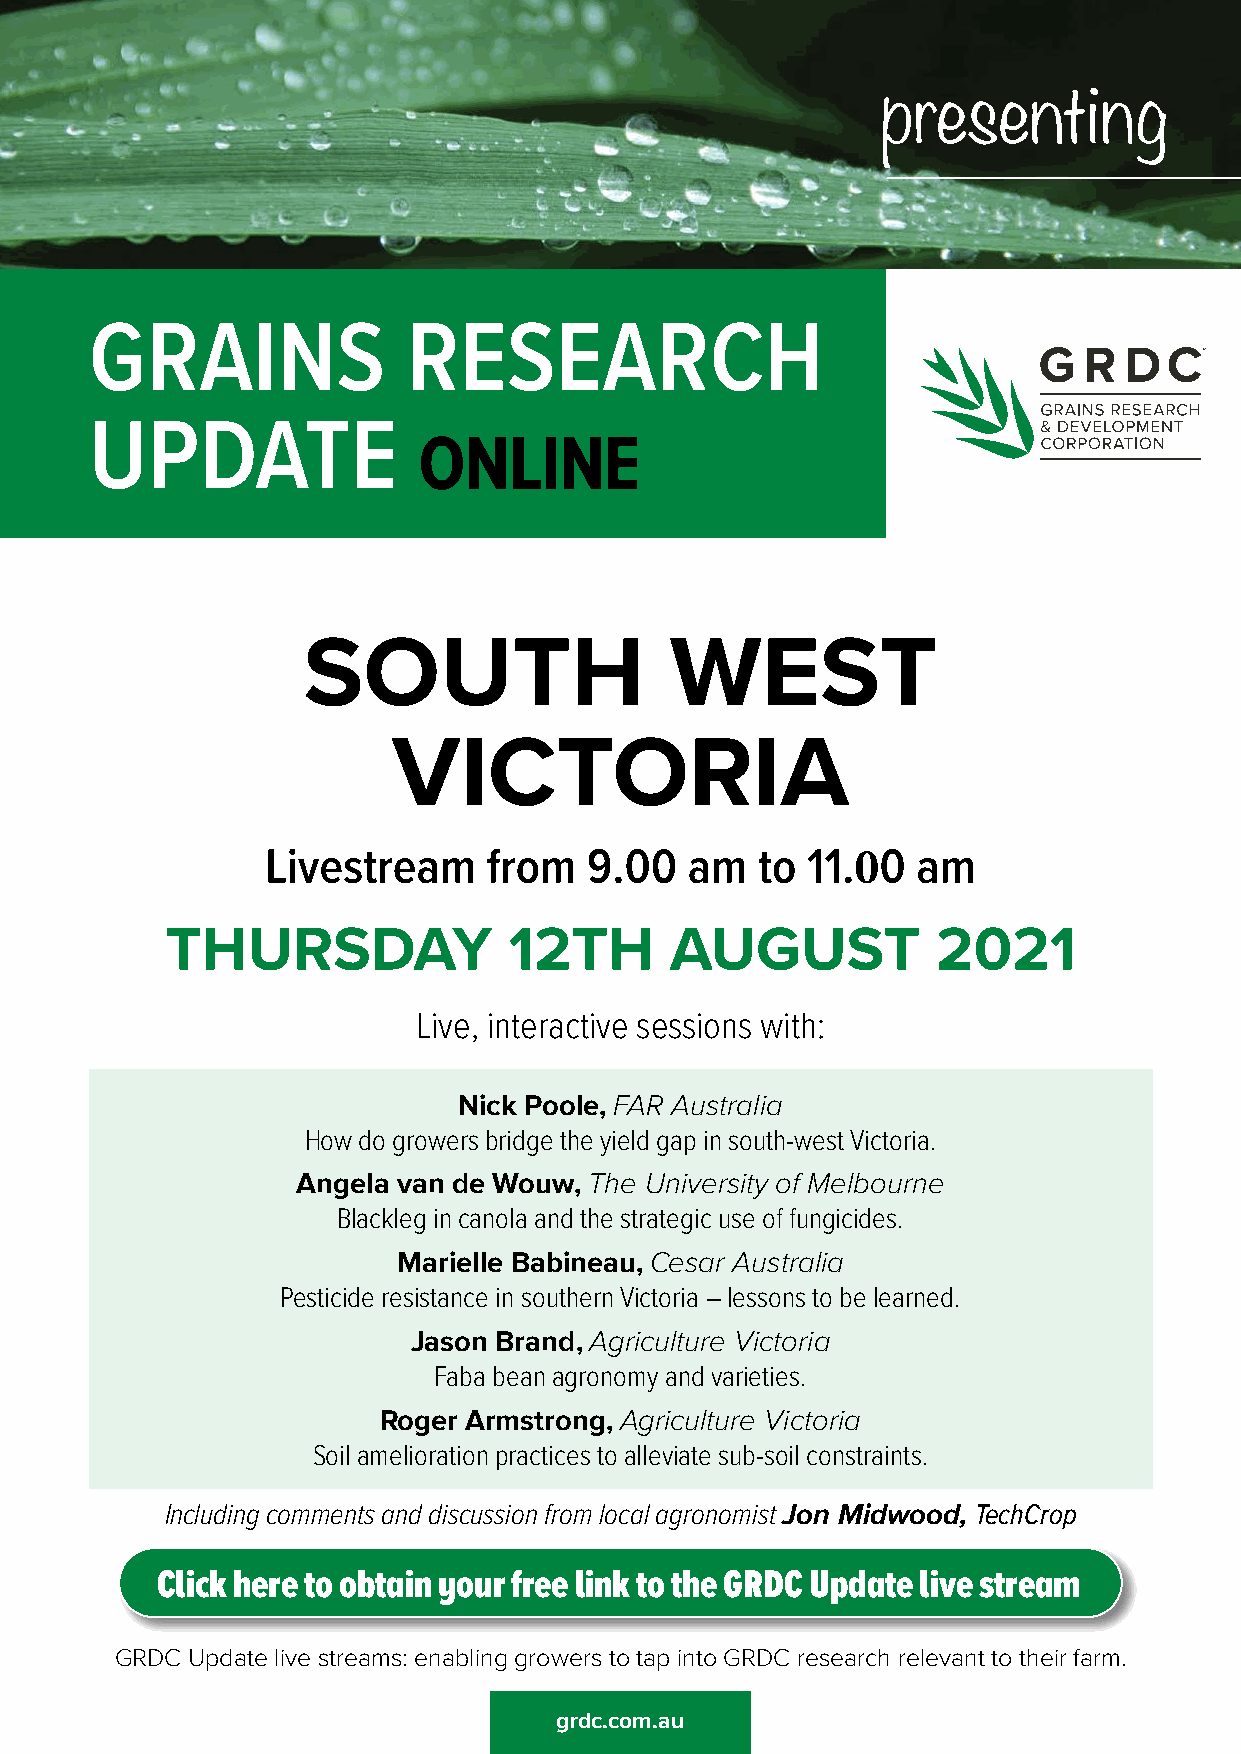
presenting
 GRAINS               RESEARCH
 UPDATE
 OONNLLIINNEE
 SOUTH                   WEST
 VICTORIA
 Livestream    from   9.00   am  to 11.00   am
 THURSDAY               12TH       AUGUST           2021
 Live, interactive sessions with:
 Nick Poole, FAR Australia
 How do growers bridge the yield gap in south-west Victoria.
 Angela van de Wouw, The University of Melbourne
 Blackleg in canola and the strategic use of fungicides.
 Marielle Babineau, Cesar Australia
 Pesticide resistance in southern Victoria – lessons to be learned.
 Jason Brand, Agriculture Victoria
 Faba bean agronomy and varieties.
 Roger Armstrong, Agriculture Victoria
 Soil amelioration practices to alleviate sub-soil constraints.
 Including comments and discussion from local agronomist Jon Midwood, TechCrop
 Click here to obtain your free link to the GRDC Update live stream
 GRDC Update live streams: enabling growers to tap into GRDC research relevant to their farm.
 ggrrddcc..ccoomm..aauu